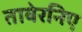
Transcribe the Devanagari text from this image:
तावेरनिए